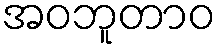
အဝဘူတာဝ